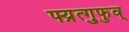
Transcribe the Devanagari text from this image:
फ्य्रुत्गुफुव्